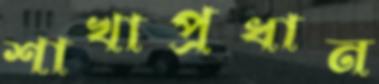
শাখাপ্রধান